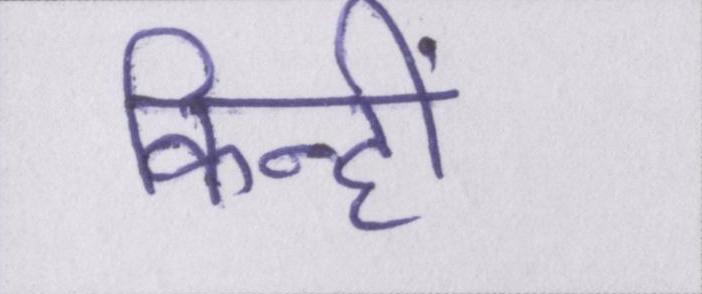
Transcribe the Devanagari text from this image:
किन्हीं